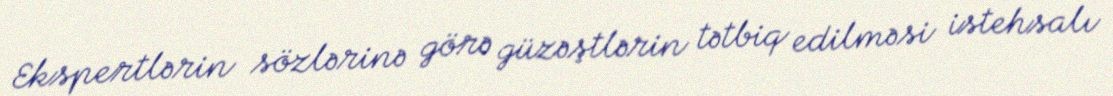
Ekspertlərin sözlərinə görə güzəştlərin tətbiq edilməsi istehsalı